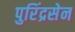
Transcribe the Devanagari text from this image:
पुरिंद्रसेन